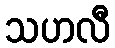
သဟလီ